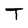
Character: T